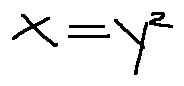
x = y ^ { 2 }